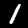
Label: 1